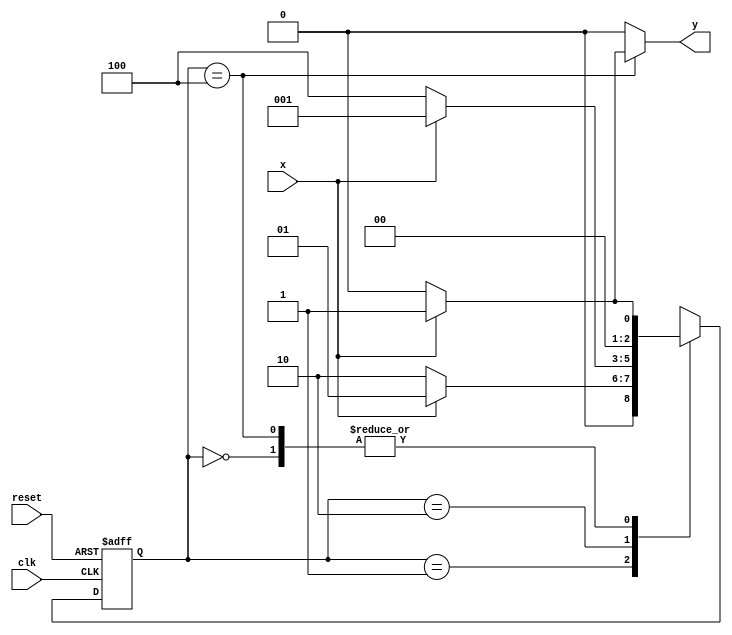
// constant definitions
`define found    1
`define notfound 0

// FSM by Mealy
module exercicio3_seq1010_mealy ( y, x, clk, reset );

	output y;
	input  x;
	input  clk;
	input  reset;

	reg    y;

	parameter         // state identifiers 
		start  = 3'b000,
		id1    = 3'b001,
		id10   = 3'b010,
		id101  = 3'b100;

	reg [2:0] E1;	// current state variables
	reg [2:0] E2;	// next state logic output

	// next state logic
   always @( x or E1 )
		begin
		y = `notfound;

		case ( E1 )
			start:
				if ( x )
					E2 = id1;
				else
					E2 = start;
				
			id1:
				if ( x )
					E2 = id1;
				else
					E2 = id10;
			
			id10:
				if ( x )
					E2 = id1;
				else
					E2 = id101;

			id101:
				if ( x )
				begin
					E2 =  id1;
					y  = `found;
				end
				else
				begin
					E2 =  start;
					y  = `notfound;
				end
	 
			default:   // undefined state
				E2 =  3'bxxx;
		endcase
	  
		end // always at signal or state changing
		

	// state variables
		always @( negedge clk or negedge reset )
		begin
			if ( reset )
				E1 = E2;    // updates current state
			else
				E1 = 0;     // reset
		end // always at signal changing

endmodule // exercicio3_seq1010_mealy

module Exercicio3;
	
	reg   clk, reset, x;
	wire  m1;

	exercicio3_seq1010_mealy M3 ( m1, x, clk, reset );

	initial
	begin
		$display("Guia 10 - Braulio Lima e Andrade - 380749");
		$display("\nTime\tX   Seq 1010" );

		// initial values
       clk   = 1;
       reset = 0;
       x     = 0;

	// input signal changing
		#10   reset = 1;
		#10  x = 1;
		#10  x = 0;
		#10  x = 0;
		#10  x = 1;
		#10  x = 0;
		#10  x = 1;
		#10  x = 1;
		#10  x = 1;
		#10  x = 1;
		#10  x = 0;
		#10  x = 1;
		#10  x = 1;
		#10  x = 1;
		#10  x = 0;
		#10  x = 1;
		#10  x = 0;
		#10  x = 0;
		#10  x = 0;
		
		#5 $finish;
	
	end // initial

	always
		#5 clk = ~clk;

	always @( posedge clk )
	begin
		$display ( "%4d \t%b\t%b", $time, x, m1);
	end // always at positive edge clocking changing

endmodule